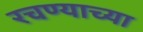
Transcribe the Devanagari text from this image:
रचण्याच्या